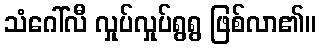
သံဂေါ်လီ လှုပ်လှုပ်ရွရွ ဖြစ်လာ၏။